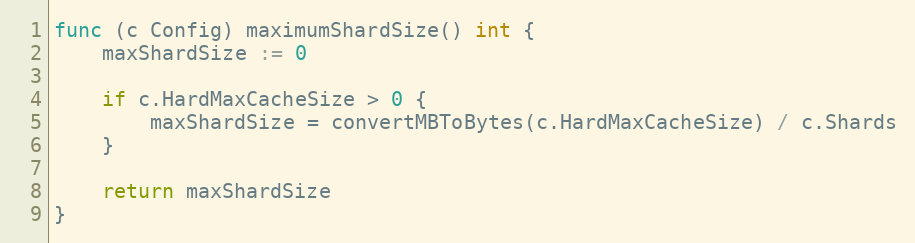
Language: Go
func (c Config) maximumShardSize() int {
	maxShardSize := 0

	if c.HardMaxCacheSize > 0 {
		maxShardSize = convertMBToBytes(c.HardMaxCacheSize) / c.Shards
	}

	return maxShardSize
}